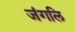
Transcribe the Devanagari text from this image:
जंगलि